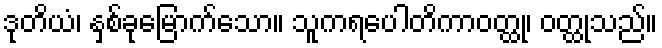
ဒုတိယံ၊ နှစ်ခုမြောက်သော။ သူကရပေါတိကာဝတ္ထု၊ ဝတ္ထုသည်။